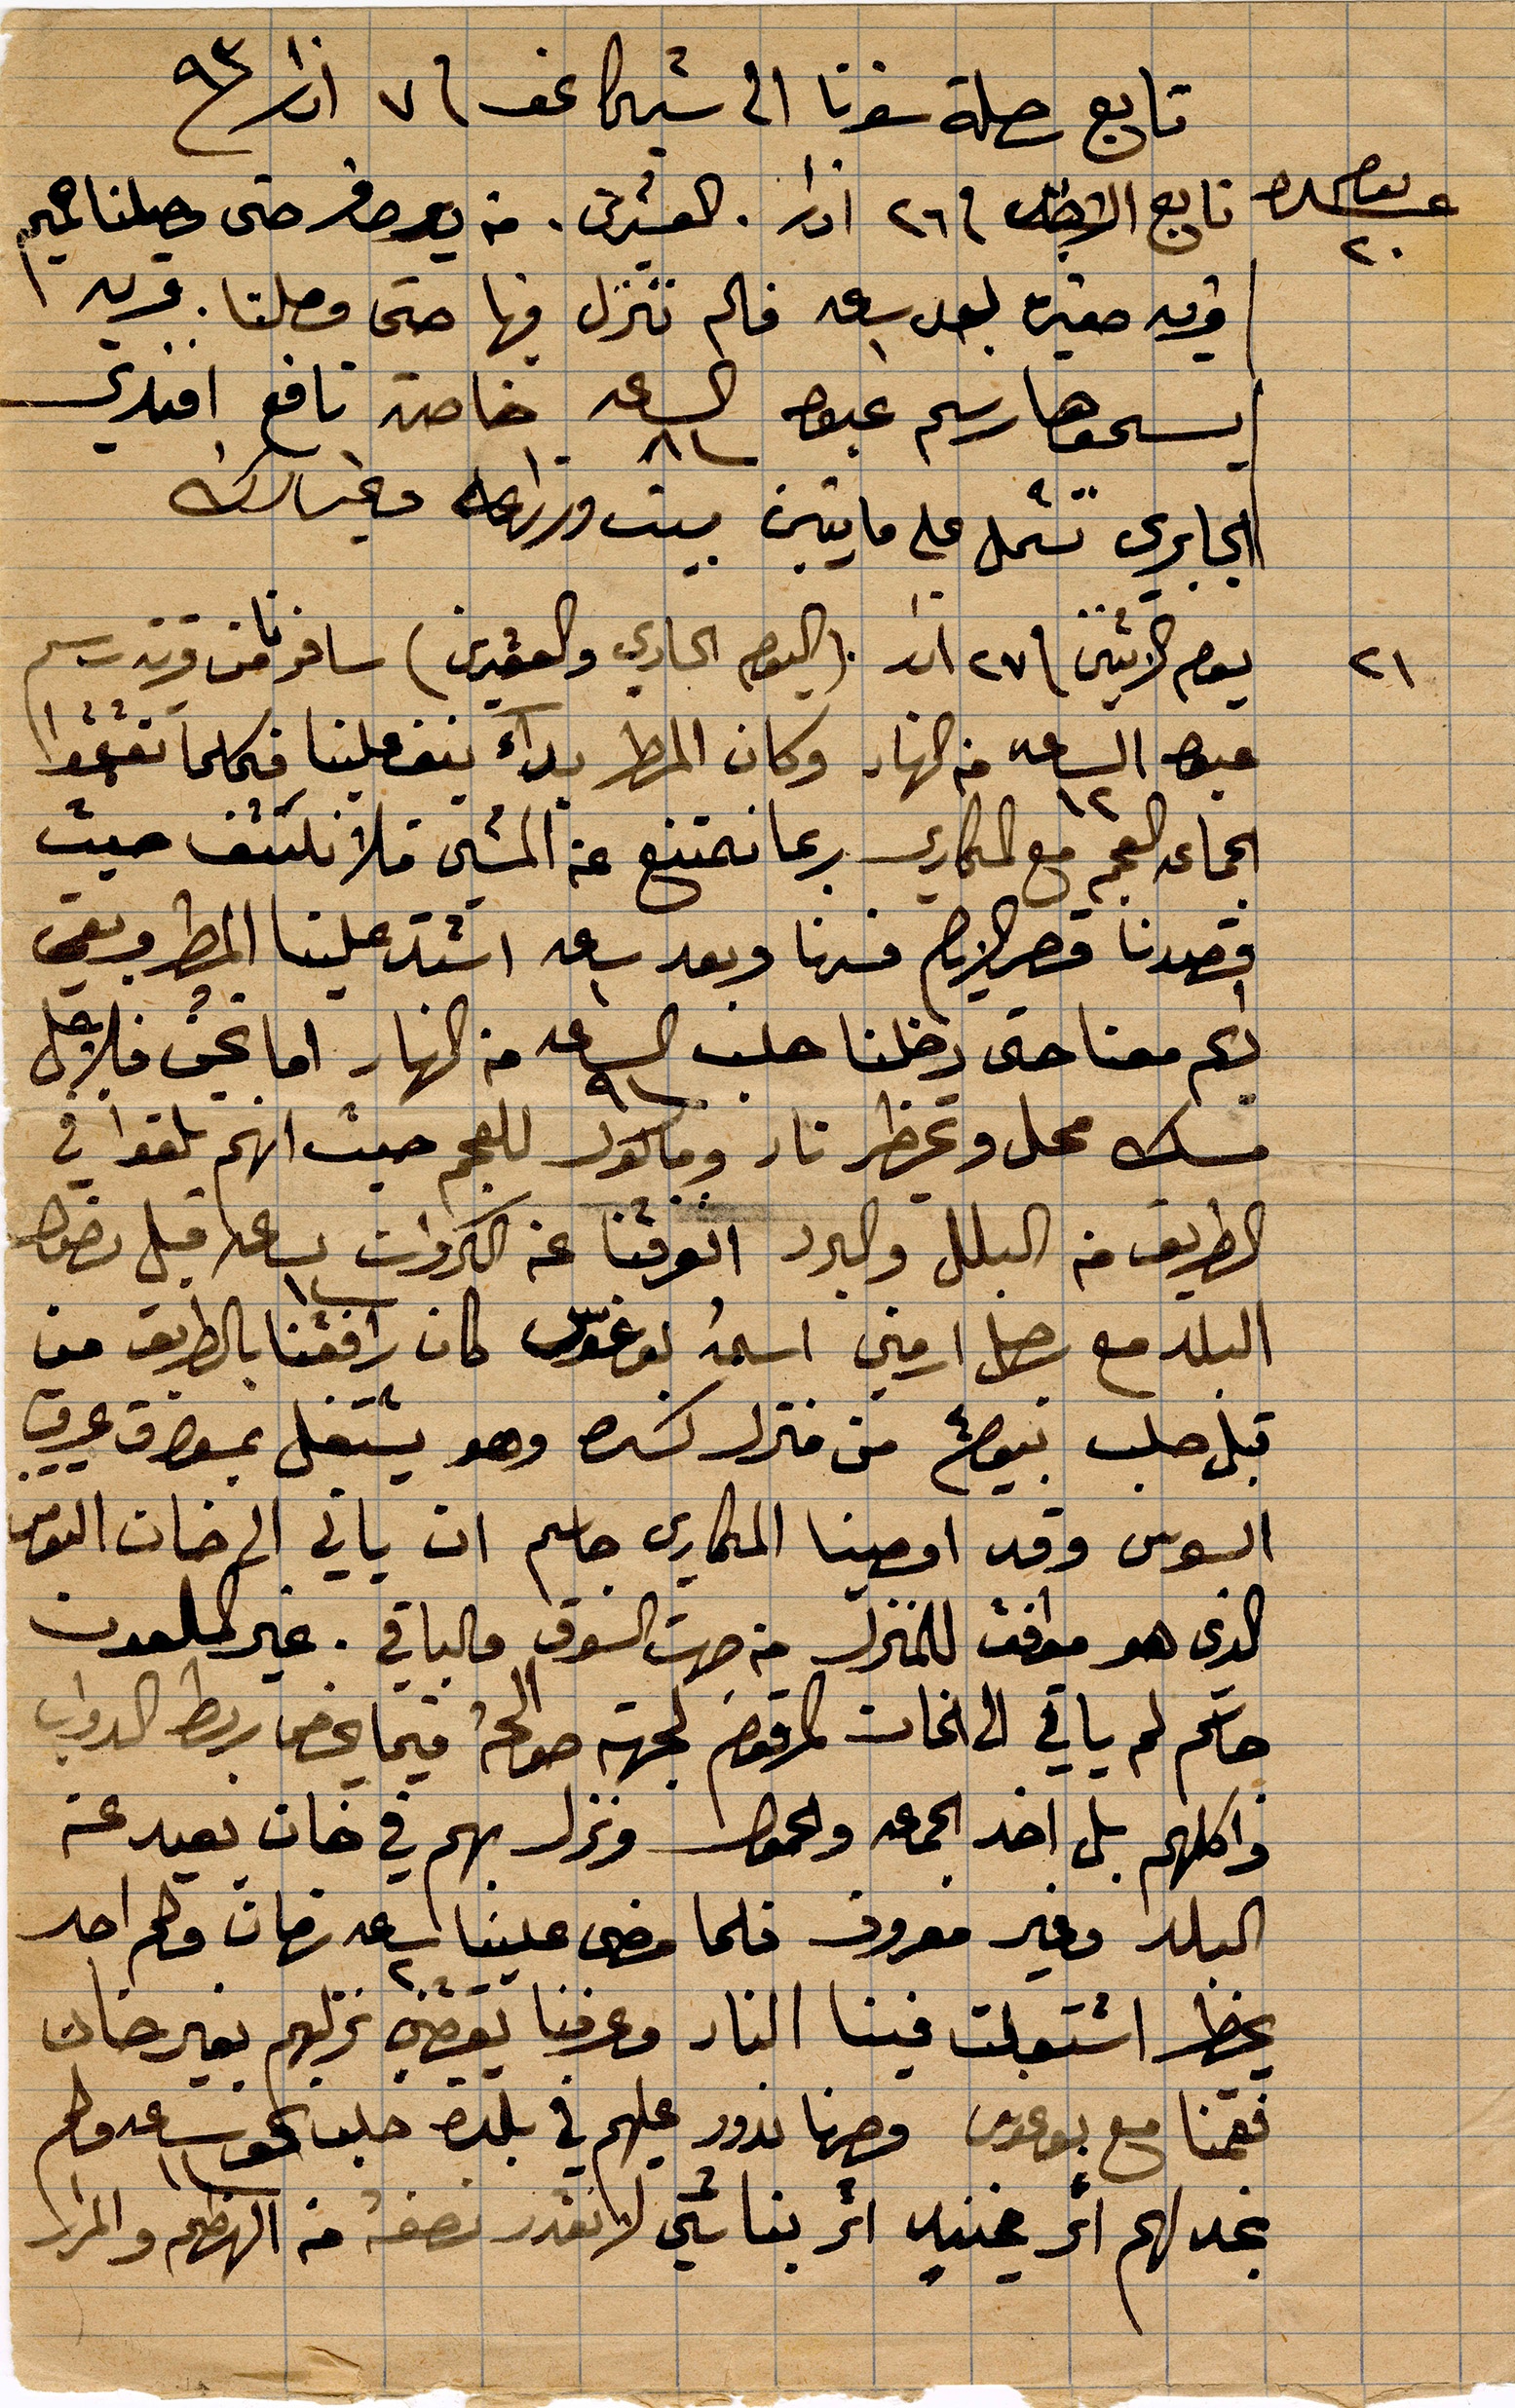
تابع رحلة سفرنا الى شيكاغو في ٧ اذار ١٨٩٣
يوم شعرة تابع ... في ٢٦ اذار . العشرين. من ... حتى وصلنا لميم
قرية صغيرة بعد ساعة فلم ننزل فيها حتى وصلنا قريه
يسمونها رسم عبق الساعة ٨ خاصة نافع افندي
الجابري تسجل على مايتين بيت وزراعه وغير ذلك
يوم الاثنين في ٢٧ اذار (اليوم الحادي والعشرين) سافرنا من وقت رسم
... الساعة ١٢ من النهار وكان المطر بدآء ينف علينا  فيما كان ...
الجماعة العجم مع المكاري ربما نمتنع عن المشي فلا نكشف حيث
قصدنا قصر ... فسرنا وبعد ساعة ١ اشتد علينا المطر وبقي
دعم معنا حتى دخلنا حلب الساعة ٩ من النهار اما نحن فلأجل
مسك محل وتمهظر نار ومالول للعجم حيث انهم تلقوا في
الطريق من البللب والبد انوفنا عن البردات الساعة ١٢ قبل ...
البلد مع رجل ارمني اسمه بوغوس كان يرافقنا بالطريق من
قبل حلب .... من منزل كسره وهو يشتغل ... عرق
السوس وقد اوصينا المكاري جاسم ان يأتي الى خان ...
الذي هو موافق للمنزل من جهت السوق فالباقي غير مسلمون
حام لم يأتي الى الخام المرقوم لجهة صوالحة فيما خص ربط الدواب
واكلهم بل اخذ الجمعة وحفظ ونزل بهم في خان بعيد عن
البلد وغير معروف فلما مضى علينا ساعة ٢ زمان ولم احد
... اشتعلت فينا النار وعرفنا يقصي نزلهم بغير خان
فقمنا مع بوغوس وصرنا ندور عليهم في بلدة حلب نحو ساعة ولم
نجد لهم اثر ... اثر بنائي لا نقدر نصفه من الهظم والمرار